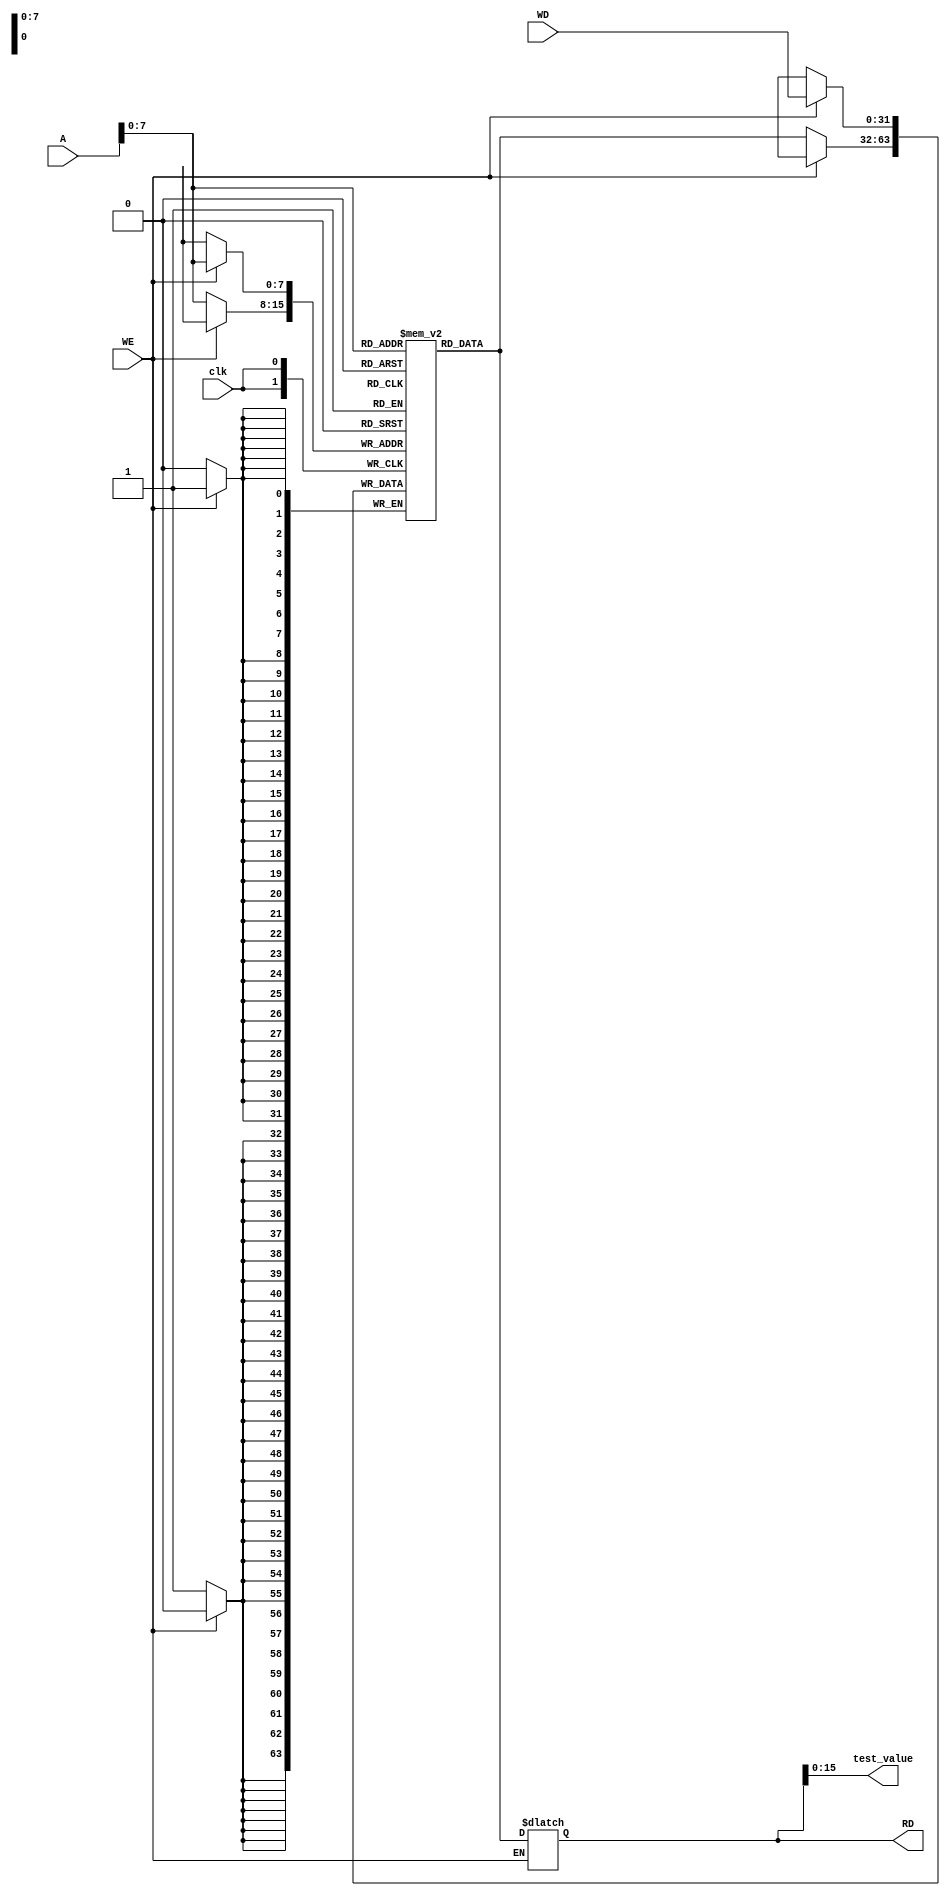
// Module Name: Data Memory
// Project Name: Mips Processor

module data_memory #(parameter n_bits = 32)
(
	input clk,
	input [n_bits-1:0]A,
	input [n_bits-1:0]WD,
	input WE,
	output reg [n_bits-1:0]RD,
	output [15:0]test_value
);
reg [n_bits-1:0]RAM[255:0];
integer i;

initial 
begin 
    RD='b0; 
    for(i=0;i<256;i=i+1)  
         RAM[i] <= 32'b0;  
end 
always @(posedge clk) 
begin
  	if (WE) 
	begin
    	   RAM[A] <= WD;
  	end 
	else 
	begin
     	   RAM[A]<=RAM[A];
  	end

end
always @(*)
begin
  	if(~WE)
	begin
    	   RD <= RAM[A];
  	end 
	else 
	begin
    	   RD <= RD;
  	end

end

	assign test_value=RD[15:0];

endmodule